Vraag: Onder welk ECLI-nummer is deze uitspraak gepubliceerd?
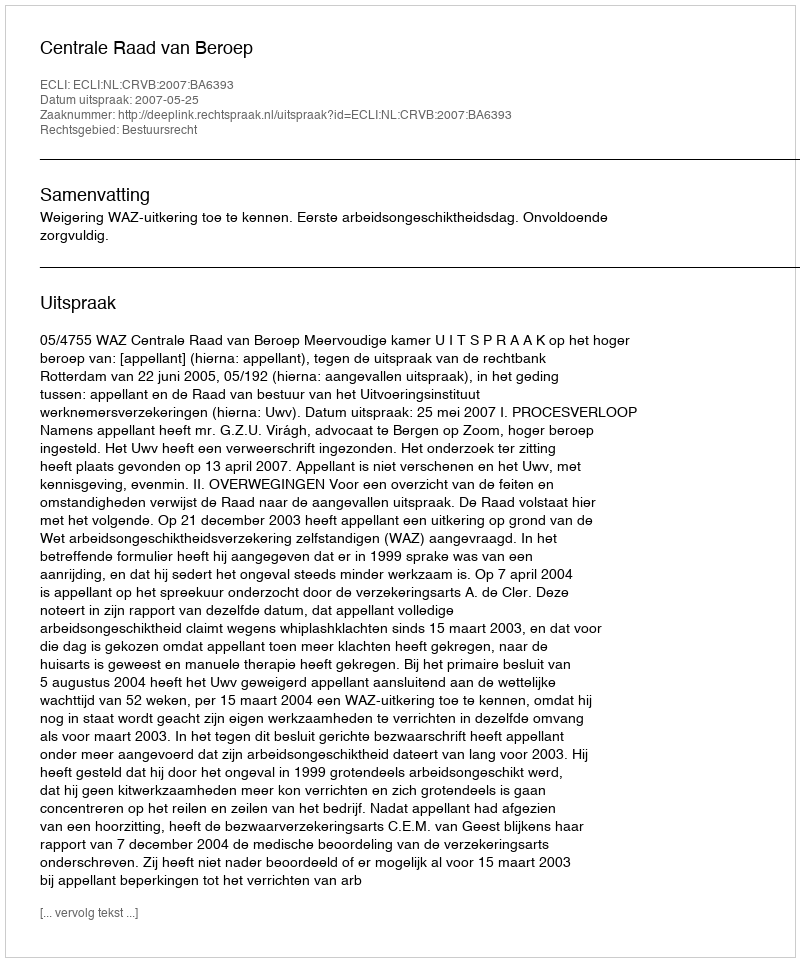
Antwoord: ECLI:NL:CRVB:2007:BA6393